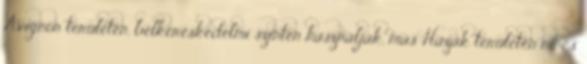
Avignon területén, belkereskedelmi szinten használják, más Házak területén nincs